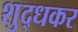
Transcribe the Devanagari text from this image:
शुद्धकर